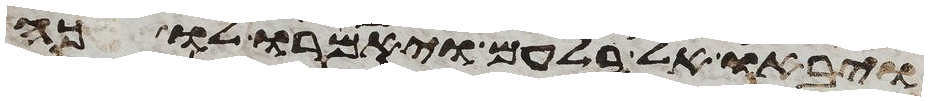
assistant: ויבאו אל בלעם ויאמרו לו כה